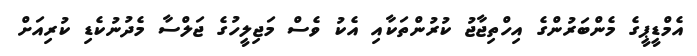
އެމްޑީޕީގެ މެންބަރުންގެ އިހްތިޖާޖު ކުރުންތަކާއި އެކު ވެސް މަޖިލީހުގެ ޖަލްސާ މެދުނުކެޑި ކުރިއަށް